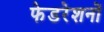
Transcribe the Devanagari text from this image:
फेडरेशनों